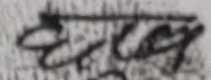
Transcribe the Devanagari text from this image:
छलक